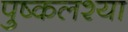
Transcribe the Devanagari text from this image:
पुष्कलश्या